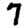
Digit: 7